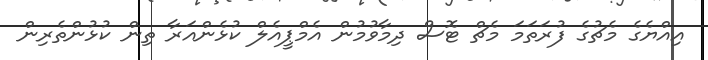
އިއްޔެގެ މެޗުގެ ފުރަތަމަ މެޗް ޓޮސް ދިމާވުމުން އެމްޕީއެލް ކުޅެންއަރާ ތިން ކުޅުންތެރިން